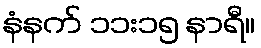
နံနက် ၁၁း၁၅ နာရီ။